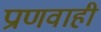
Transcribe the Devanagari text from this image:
प्राणवाही